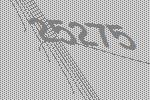
25275